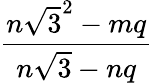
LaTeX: \frac{n{\sqrt{3}}^{2}-mq}{n{\sqrt{3}}-nq}